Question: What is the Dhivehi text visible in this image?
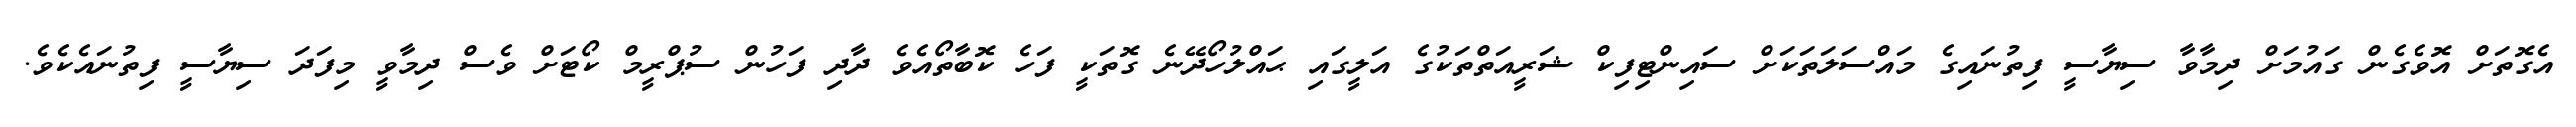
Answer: އެގޮތަށް އޮވެގެން ގައުމަށް ދިމާވާ ސިޔާސީ ފިތުނައިގެ މައްސަލަތަކަށް ސައިންޓިފިކް ޝަރީއަތްތަކުގެ އަލީގައި ޙައްލުހޯދޭނެ ގޮތަކީ ފަހެ ކޮބާތޯއެވެ ދާދި ފަހުން ސުޕްރީމް ކޯޓަށް ވެސް ދިމާވީ މިފަދަ ސިޔާސީ ފިތުނައެކެވެ.